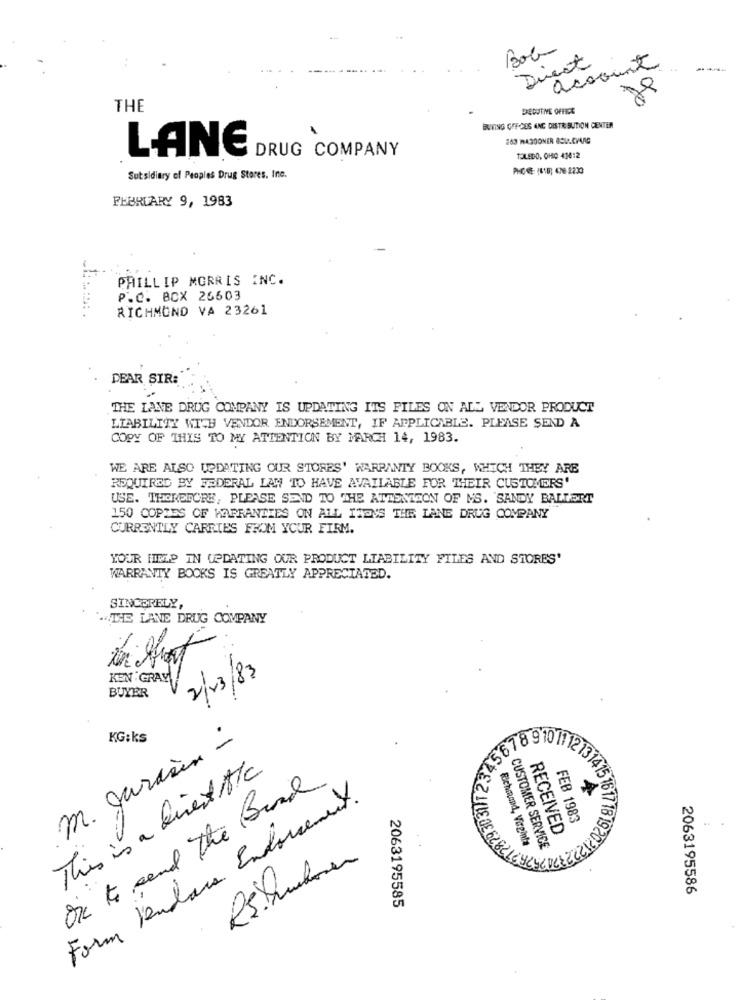
Bob
Direct
account
THE
DEDUTNE OFFICE
BUTING OFF-GES ANG DISTRIBUTION CENTER
263 WASDONER BOL.CVARG
LANE
DRUG COMPANY
TOLEDO, OHIO 43412
Subsidiary of Peoples Drug Stores, Inc.
FEBRUARY 9, 1983
PHILLIP MORRIS INC.
P.C. BCX 26603
RICHMOND VA 23261
DEAR SIR:
THE LANE DRUG COMPANY IS UPDATING ITS FILES ON ALL VENDOR PRODUCT
LIABILITY WITH VENDOR ENDORSEMENT, IF APPLICABLE. PLEASE SEND A
COPY OF THIS TO MY ATTENTION BY MARCH 14, 1983.
WE ARE ALSO UPDATING OUR STORES' WARRANTY BOOKS, WHICH THEY ARE
REQUIRED BY FEDERAL LAW TO HAVE AVAILABLE FOR THEIR CUSTOMERS'
USE. THOREDORE, PLEASE SEND TO THE ATTENTION OF MS. SANDY BALLERT
150 COPIES OF WARRANTIES ON ALL ITDVS THE LANE DRUG COMPANY
CURRENTLY CARRIES FROM YOUR FIRM.
YOUR HIELP IN UPDATING OUR PRODUCT LIABILITY FILES AND STORES'
WARRANTY BOOKS IS GREATLY APPRECIATED.
SINCERELY,
"THE LANE DRUG COMPANY
KEN GRAY
2/03/83
BUYER
m. garden -
KG:ks
This is a bised A/c
On to send the Band
Form lendans Endorsement.
15 1617
FEB 1983
RECEIVED
Richmond, Virginia
Resthuber
CUSTOMER SERVICE
2063195586
2063195585